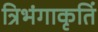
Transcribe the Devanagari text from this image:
त्रिभंगाकृतिं